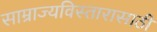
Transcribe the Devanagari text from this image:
साम्राज्यविस्तारासाठी